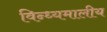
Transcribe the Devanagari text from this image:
विन्ध्यमालीय